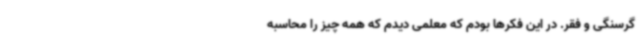
گرسنگی و فقر. در این فکرها بودم که معلمی دیدم که همه چیز را محاسبه